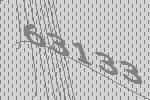
63133